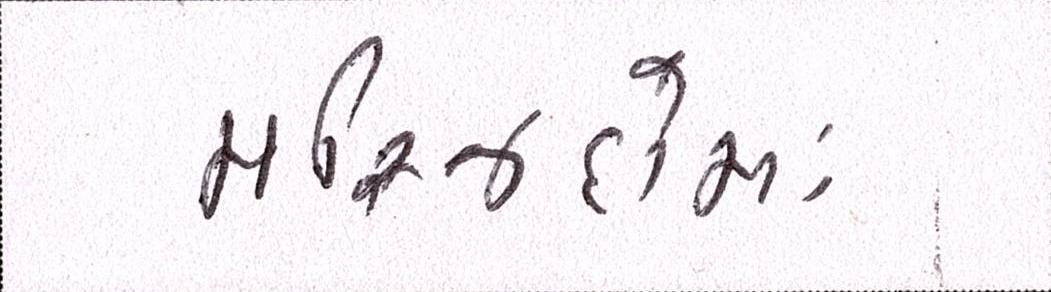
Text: મસ્જિદોમાં